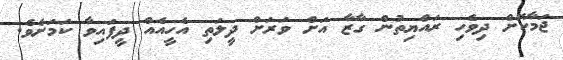
ޖަމާކޮށް ދިވެހި ރައްޔިތުން ގާޒާ އަށް ވަރަށް ދީލަތި އެހީއެއް ދީފައިވާ ކަމަށެވެ.